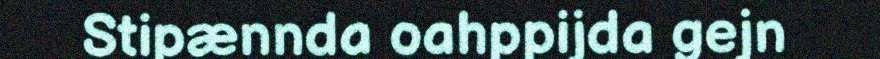
Stipænnda oahppijda gejn